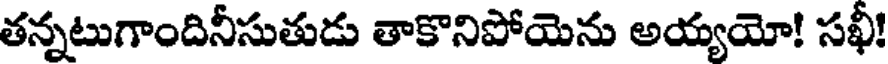
తన్నటుగాందినీసుతుడు తాకొనిపోయెను అయ్యయో! సఖీ!